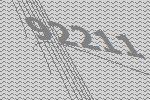
92211